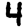
Digit: 4